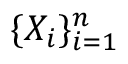
\{ X _ { i } \} _ { i = 1 } ^ { n }